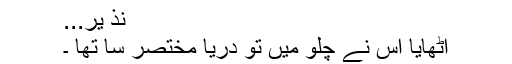
نذ یر...
اٹھایا اس نے چلّو میں تو دریا مختصر سا تھا ۔